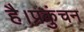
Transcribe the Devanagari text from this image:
है।प्रकुंचन